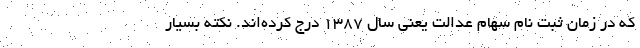
که در زمان ثبت نام سهام عدالت یعنی سال ۱۳۸۷ درج کرده­اند. نکته بسیار